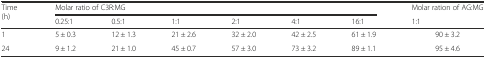
<table><thead><tr><td rowspan="2"><b>Time (h)</b></td><td colspan="6"><b>Molar ratio of C3R:MG</b></td><td><b>Molar ration of AG:MG</b></td></tr><tr><td><b>0.25:1</b></td><td><b>0.5:1</b></td><td><b>1:1</b></td><td><b>2:1</b></td><td><b>4:1</b></td><td><b>16:1</b></td><td><b>1:1</b></td></tr></thead><tbody><tr><td>1</td><td>5 ± 0.3</td><td>12 ± 1.3</td><td>21 ± 2.6</td><td>32 ± 2.0</td><td>42 ± 2.5</td><td>61 ± 1.9</td><td>90 ± 3.2</td></tr><tr><td>24</td><td>9 ± 1.2</td><td>21 ± 1.0</td><td>45 ± 0.7</td><td>57 ± 3.0</td><td>73 ± 3.2</td><td>89 ± 1.1</td><td>95 ± 4.6</td></tr></tbody></table>